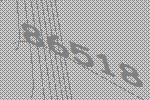
86518